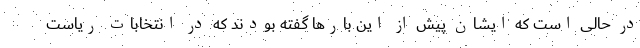
در حالی است که ایشان پیش از این بارها گفته بودند که در انتخابات ریاست